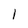
Character: 1